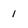
Character: 1